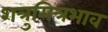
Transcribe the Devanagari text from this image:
शत्रुमित्रभाव